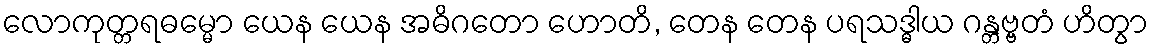
လောကုတ္တရဓမ္မော ယေန ယေန အဓိဂတော ဟောတိ, တေန တေန ပရသဒ္ဓါယ ဂန္တဗ္ဗတံ ဟိတွာ